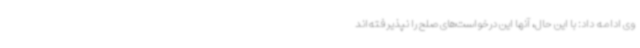
وی ادامه داد: با این حال، آنها این درخواست‌های صلح را نپذیرفته‌اند